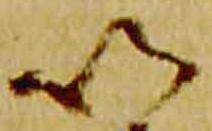
以